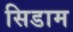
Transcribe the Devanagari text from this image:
सिडाम